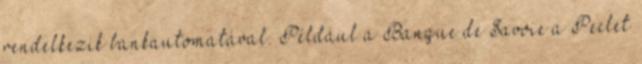
rendelkezik bankautomatával. Például a Banque de Savoie a Peclet